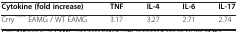
<table><thead><tr><td><b>Cytokine (fold increase)</b></td><td><b>TNF</b></td><td><b>IL-4</b></td><td><b>IL-6</b></td><td><b>IL-17</b></td></tr></thead><tbody><tr><td>Crry <sup>−/−</sup> EAMG / WT EAMG</td><td>3.17</td><td>3.27</td><td>2.71</td><td>2.74</td></tr></tbody></table>